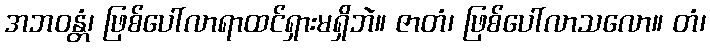
အဘဝန္တံ၊ ဖြစ်ပေါ်လာရာထင်ရှားမရှိဘဲ။ ဇာတံ၊ ဖြစ်ပေါ်လာသလော။ တံ၊